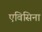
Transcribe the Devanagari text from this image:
एविसिना